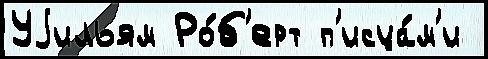
Уjильям Ро́б'ерт п'исца́м'и